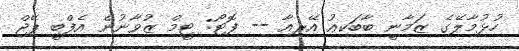
ހުޅުމާލޭގެ ޒަމާނީ ބާބަކިއު އޭރިއާ -- ފޮޓޯ: ޓީމް ޒުވާނުން އެފްބީ ޕޭޖް